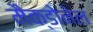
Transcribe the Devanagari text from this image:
मैक्डोनेल